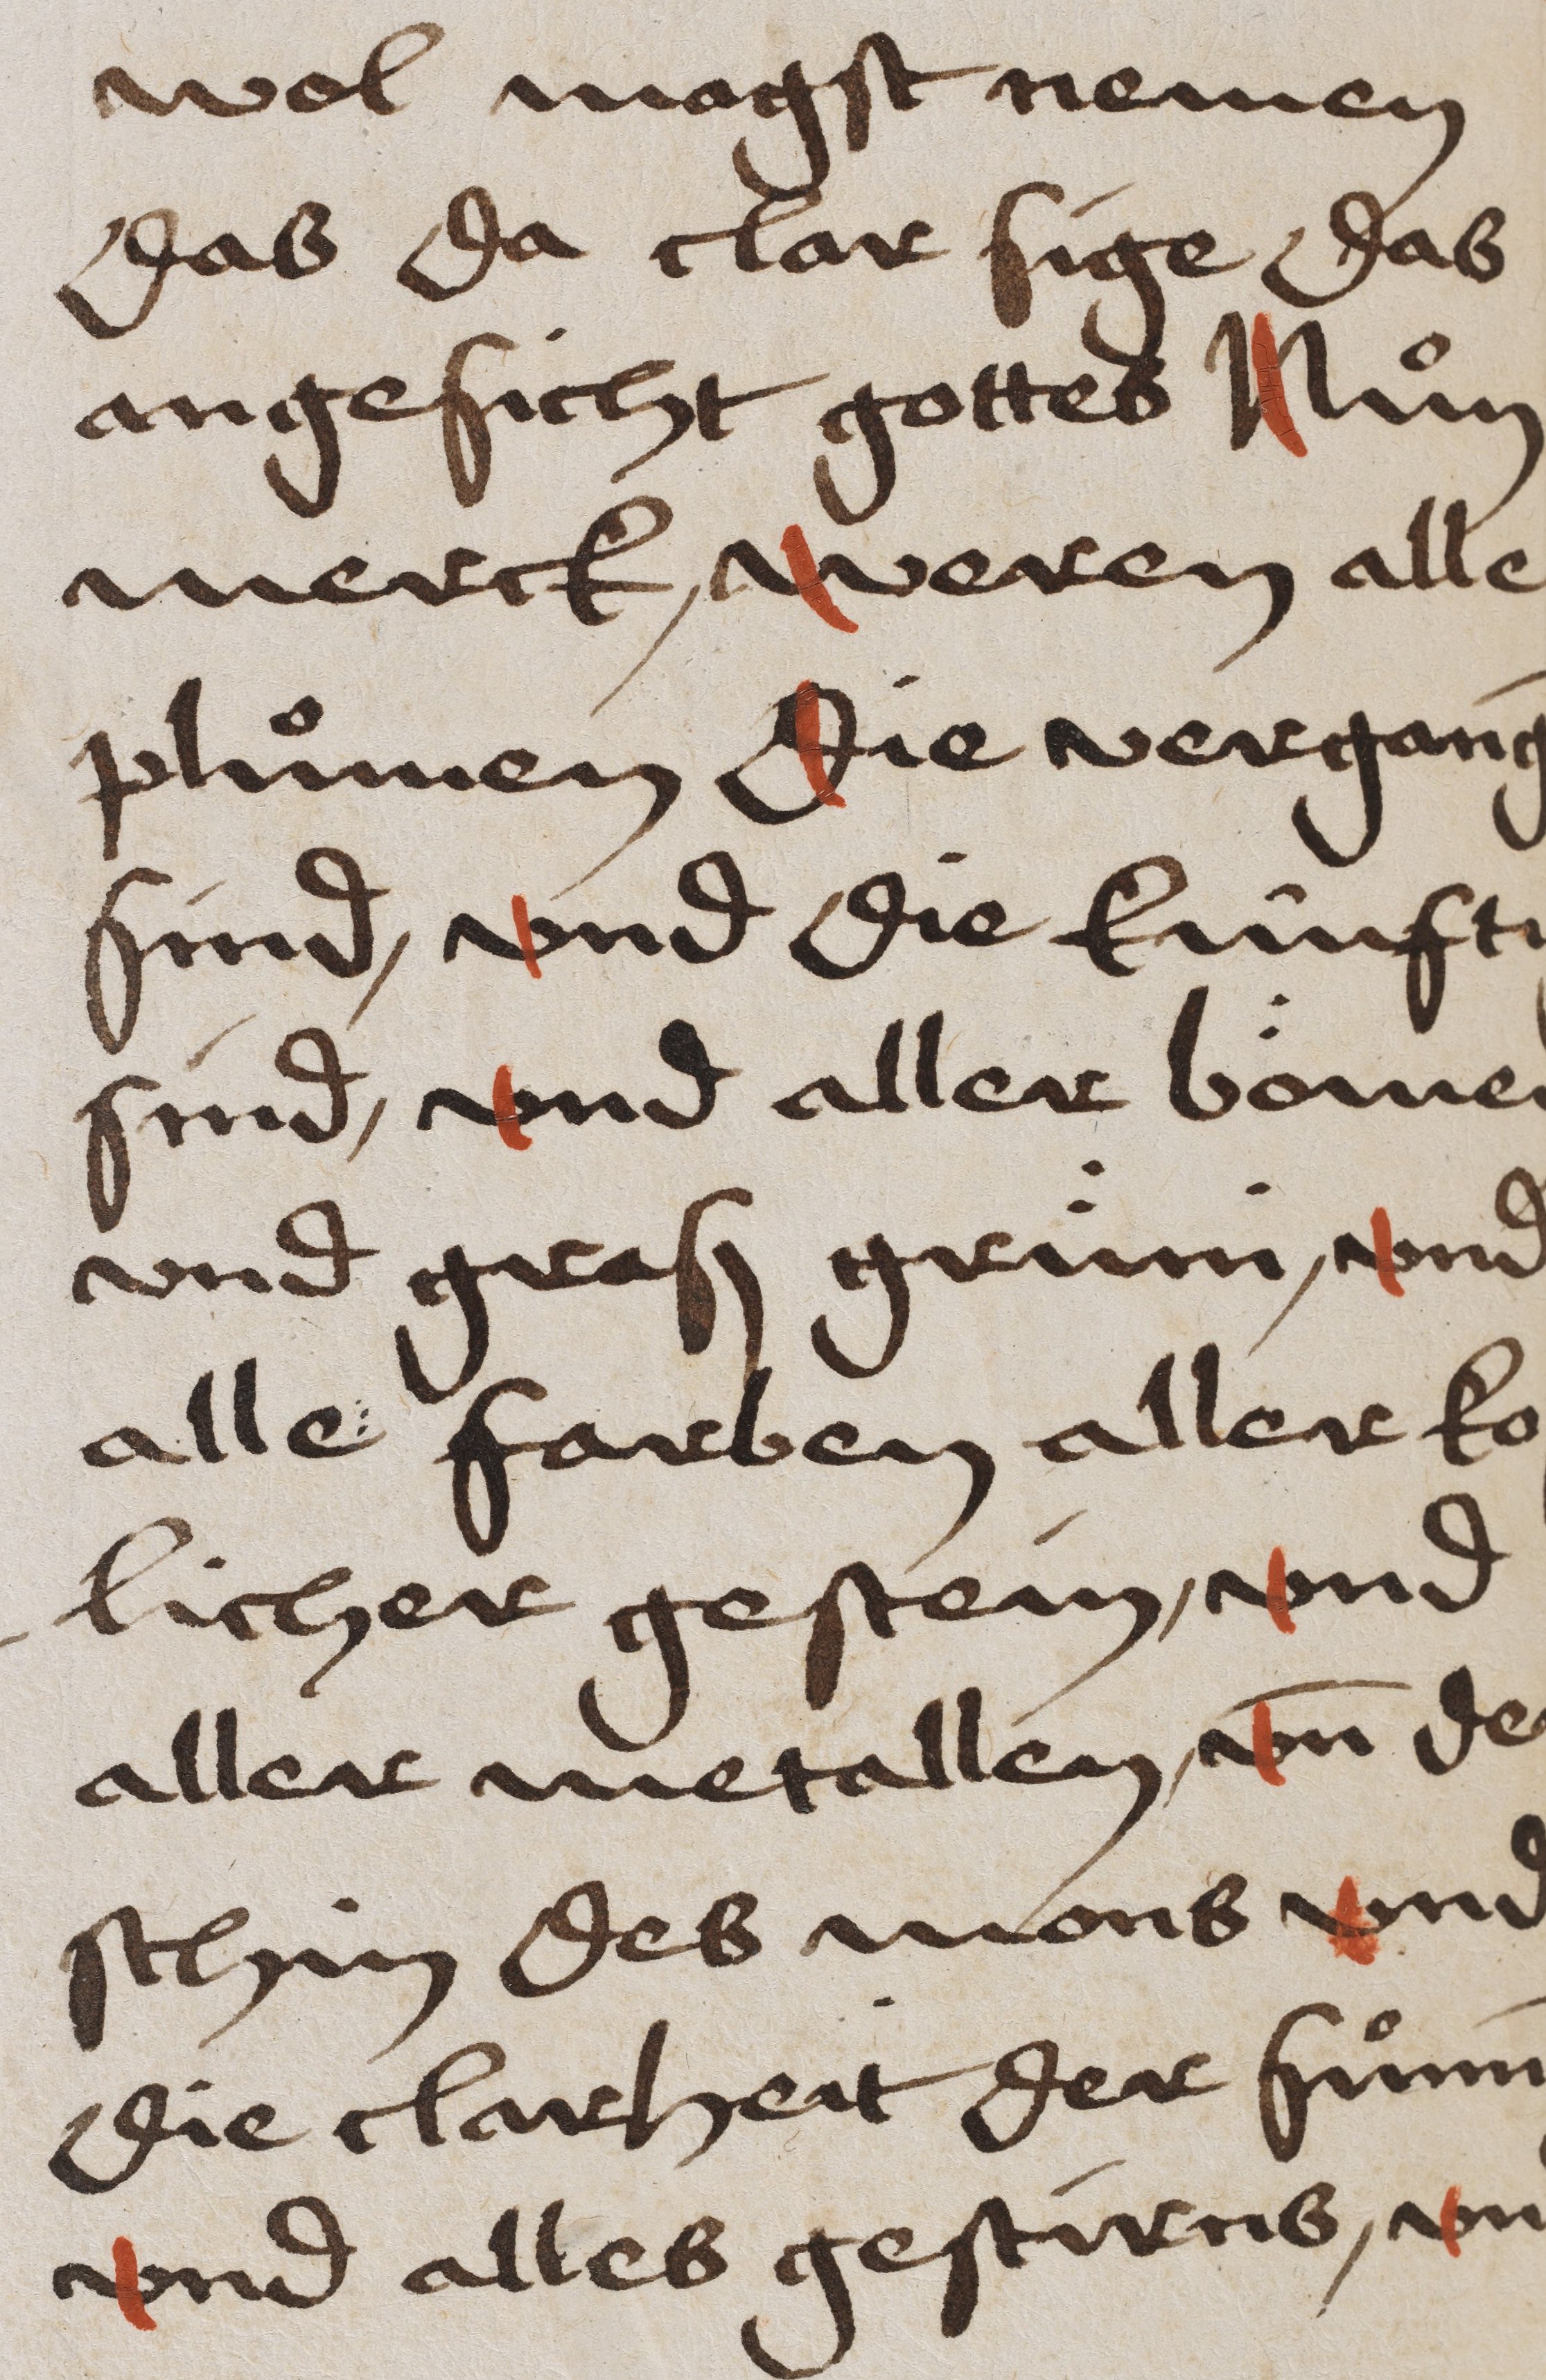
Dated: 1475–1499